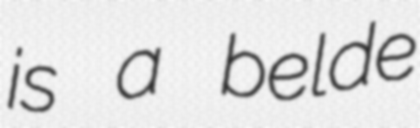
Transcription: is a belde